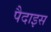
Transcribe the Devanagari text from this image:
पैदाइस